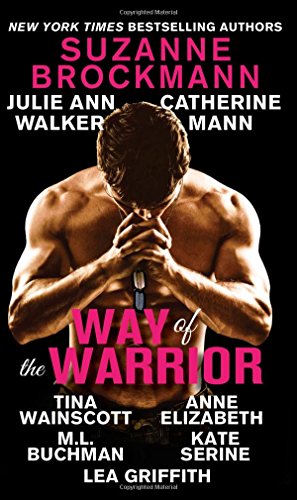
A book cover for Way of the Warrior; Suzanne Brockmann; Romance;